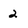
Character: 2